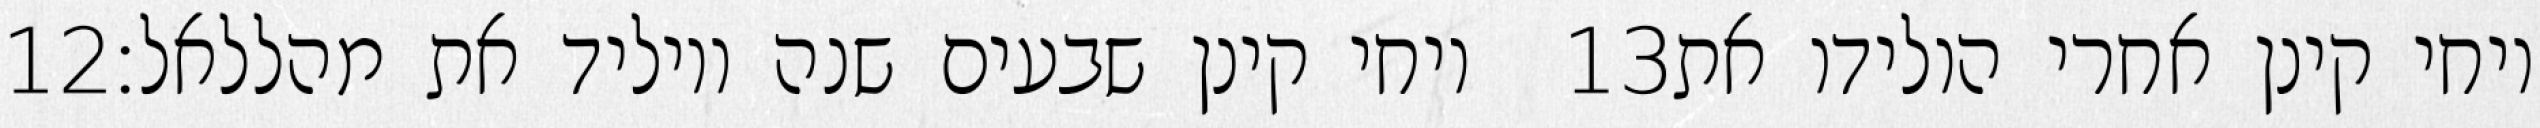
‎12‏ ויחי קינן שבעים שנה ויוליד את מהללאל׃ ‎13‏ ויחי קינן אחרי הולידו את